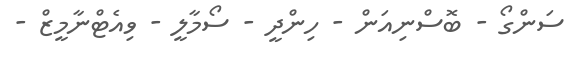
ސަންގޯ - ބޮސްނިއަން - ހިންދީ - ސޯމާލީ - ވިއެޓްނާމީޒް -